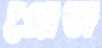
প্রোজ